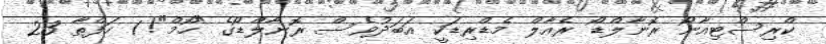
ކްރިސްޓިއާނޯ ރޮނާލްޑޯ ރެއާލް މެޑްރިޑަކީ އަބަދުވެސް ރޮނާލްޑޯގެ "ހޯމް"! 1 ހަފްތާ 23